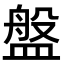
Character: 盤